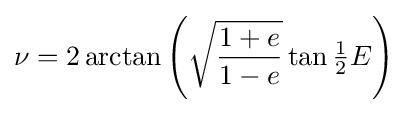
\nu =2\arctan \left({\sqrt {\frac {1+e}{1-e}}}\tan {\tfrac {1}{2}}E\right)